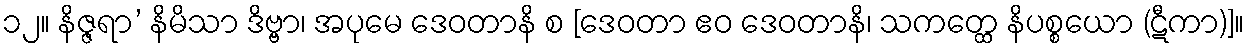
၁၂။ နိဇ္ဇရာ’ နိမိသာ ဒိဗ္ဗာ၊ အပုမေ ဒေဝတာနိ စ [ဒေဝတာ ဧဝ ဒေဝတာနိ၊ သကတ္ထေ နိပစ္စယော (ဋီကာ)]။